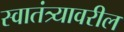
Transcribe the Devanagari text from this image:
स्वातंत्र्यावरील